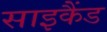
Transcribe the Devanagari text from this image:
साइकैंड